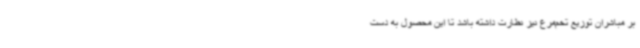
بر مباشران توزیع تخم‌مرغ نیز نظارت داشته باشد تا این محصول به دست